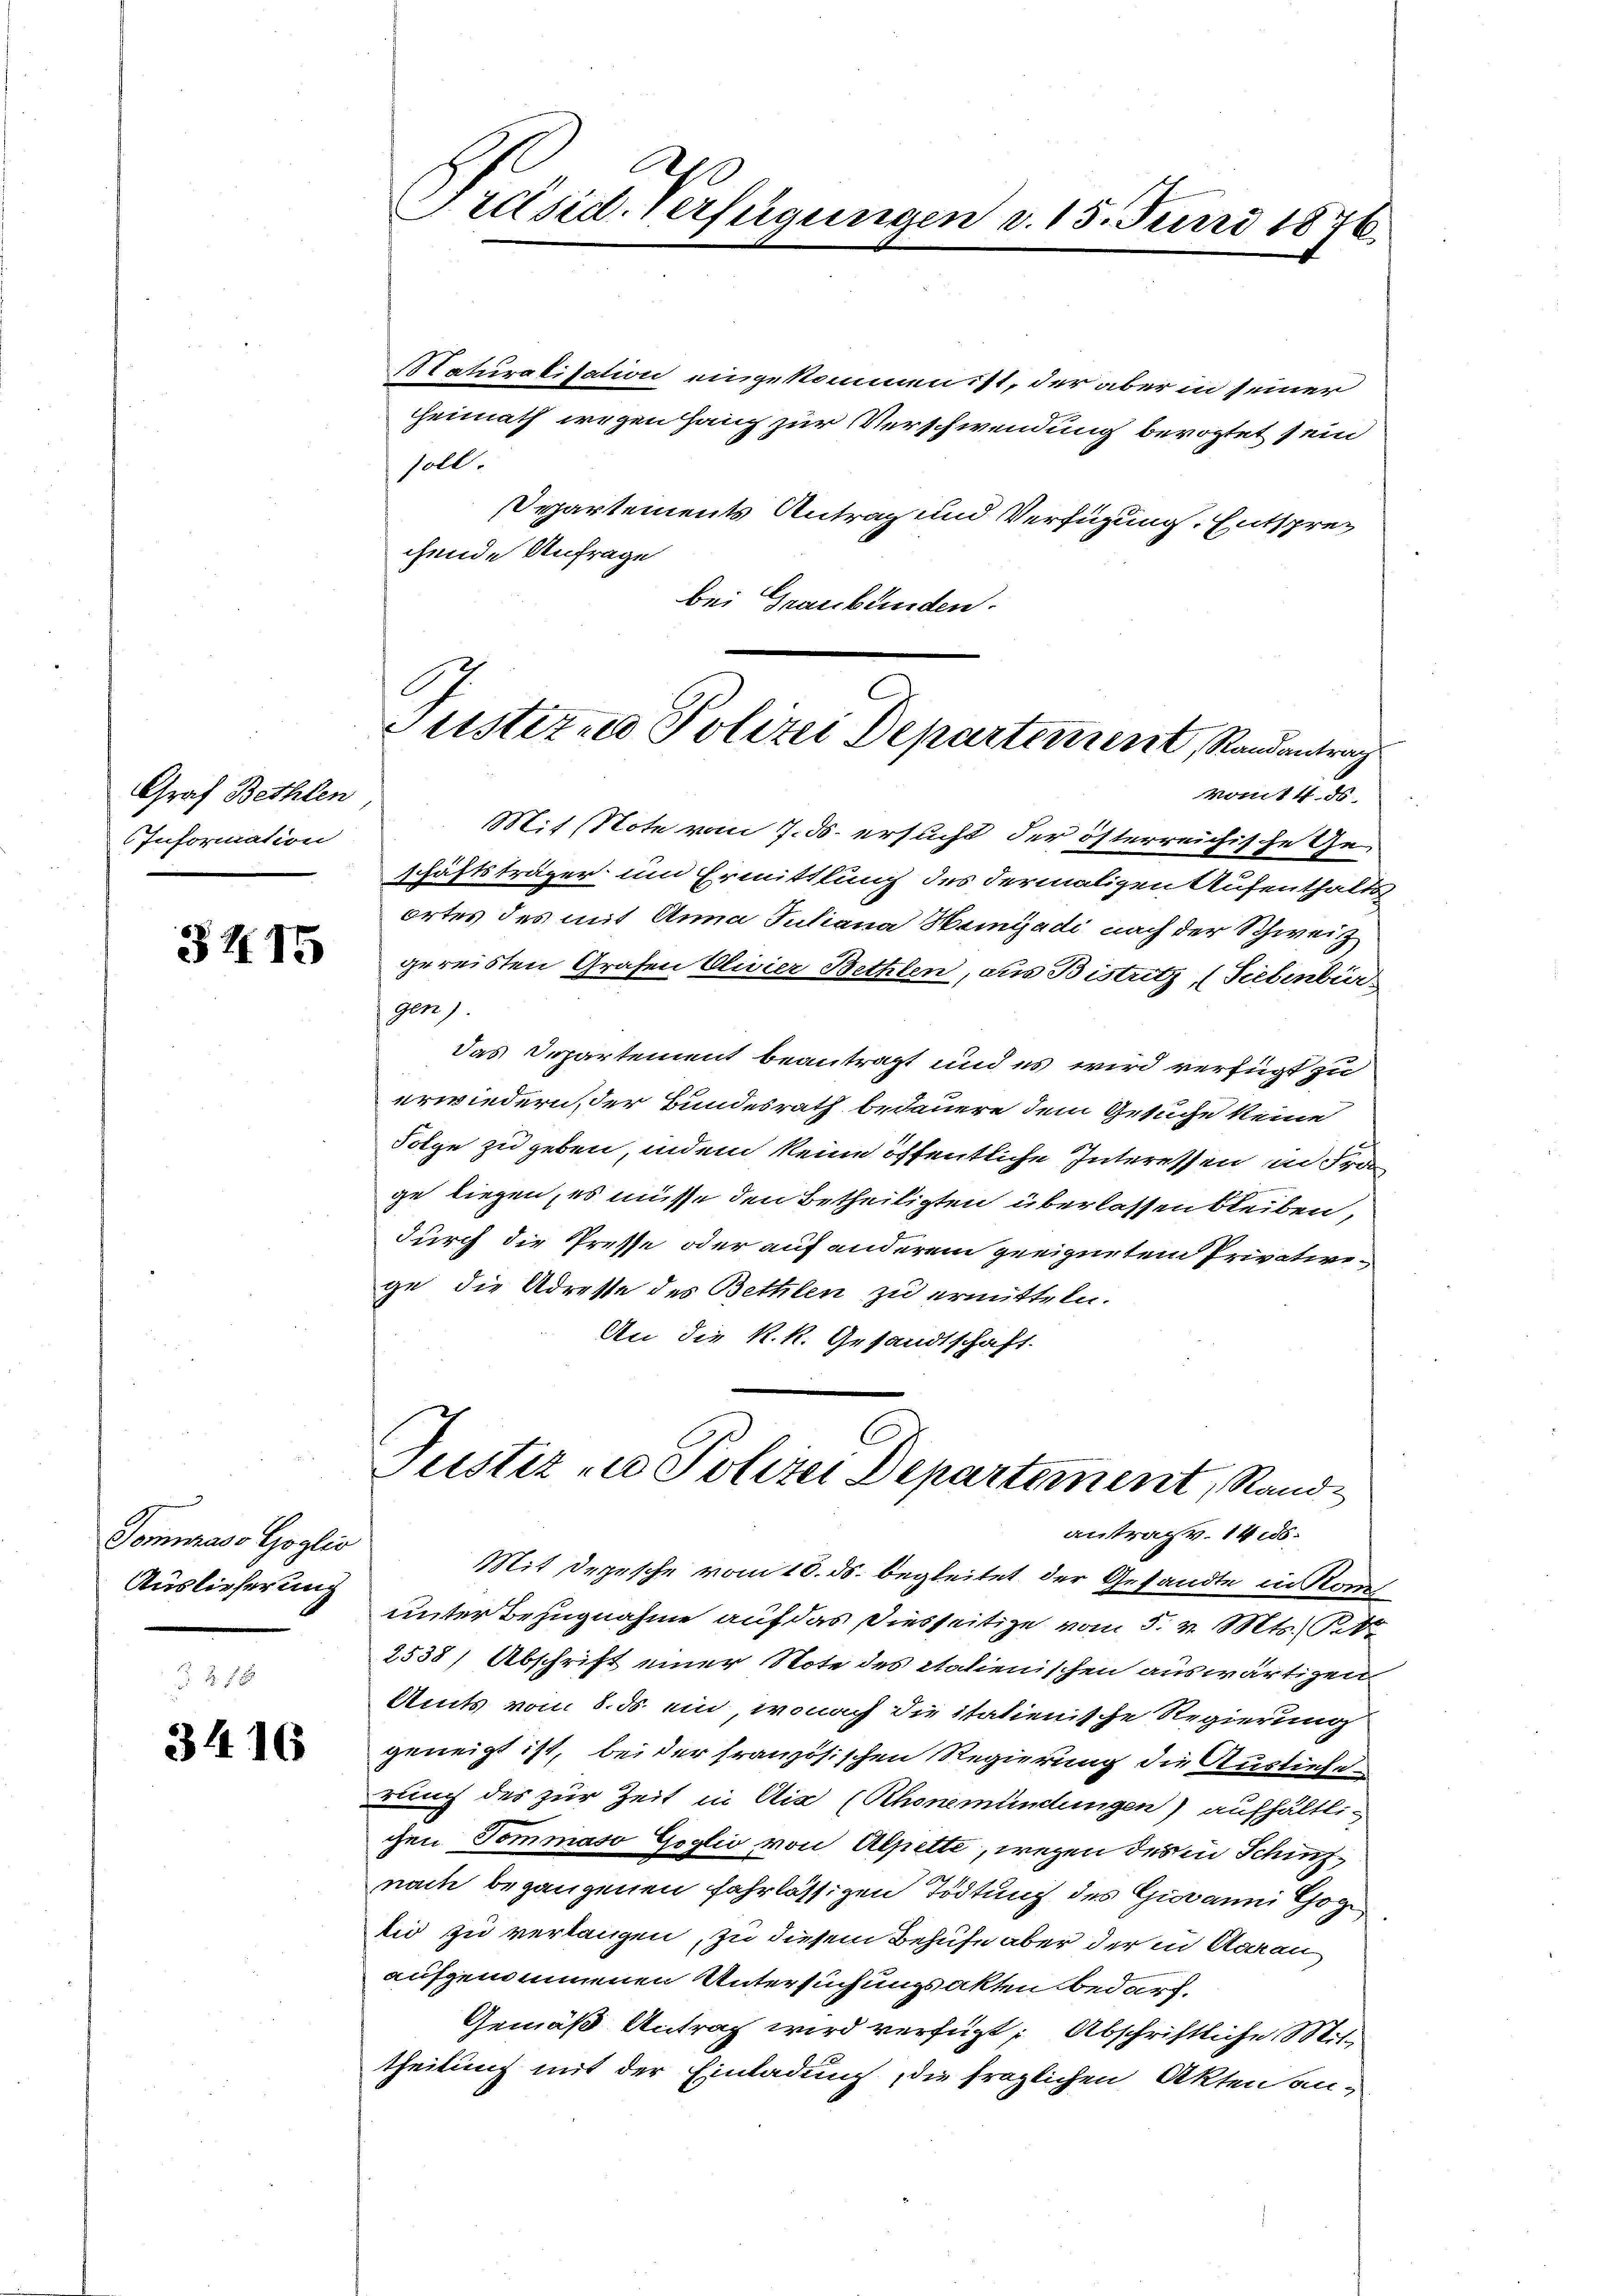
Graf Bethlen
Information

3415

Somuraso Goglio
Auslieferung

3416

h
Präsid. Verfügungen d. 15. Juni 1876.

Naturalisation eingekommen ist, der aber in seiner
heimath wegen haup zur Verschwendung bevogtet sein
soll.
separtements Antrag und Verfügung. Entsprec
chende Anfrage
bei Graubünden.
vom 14. ds.
Mit Note vom 7. ds. ersucht der österreichische Ge-
schäftsträger um Ermittlung des dermaligen Aufenthalts
ortes des mit Anna Juliana Haingadi nach der Schweiz
gereisten Grafen Clivier Bethlen, aus Bistritz, (Siebenbür
gen).
das Departement beantragt und es wird verfügt zu
erwiedern, der Bundesrath bedauere dem Gesuche keine
Folge zu geben, indem keine öffentliche Interessen in Fra
ge liegen, es müsse den Betheiligten überlassen bleiben,
durch die Presse oder auf anderem geeignetem Privativege, die Adresse des Bethlen zu ermitteln.
An die k.k. Gesandtschaft.
Justiz u. Polizei Departement, Rand
antrag v. 14 s.
Mit Depesche vom 10. ds. begleitet der Gesandte in Kon
unter Bezugnahme auf das Diesseitige vom 5. v. Mts. Pet
2538) Abschrift einer Note des italienischen auswärtigen
Amts vom 8. ds. ein, wonach die italienische Regierung
geneigt ist, beider französischen Regierung die Ausliefe
rung des zur Zeit in Ais (Rhonemündungen) aufhältlichen Tommaso Goglio von Alpette, wegen des in Schinznach begangenen fahrlässigen Tödtung des Giovanni Cog
lio zu verlangen, zu diesem Behufe aber der in Aarau
aufgenommenen Untersuchungsakten bedarf.
Gemäß Antrag wird verfügt: Abschriftliche Mittheilung mit der Einladung, die fraglichen Akten an-

Justizio Polizei Departement, Randantrag